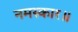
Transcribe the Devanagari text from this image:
नमस्कार॥